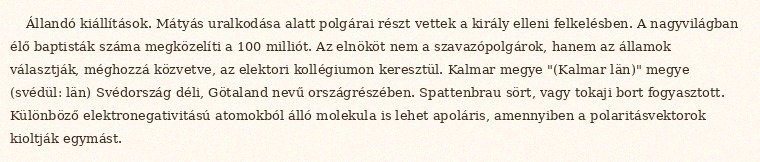
Állandó kiállítások. Mátyás uralkodása alatt polgárai részt vettek a király elleni felkelésben. A nagyvilágban élő baptisták száma megközelíti a 100 milliót. Az elnököt nem a szavazópolgárok, hanem az államok választják, méghozzá közvetve, az elektori kollégiumon keresztül. Kalmar megye "(Kalmar län)" megye (svédül: län) Svédország déli, Götaland nevű országrészében. Spattenbrau sört, vagy tokaji bort fogyasztott. Különböző elektronegativitású atomokból álló molekula is lehet apoláris, amennyiben a polaritásvektorok kioltják egymást.